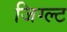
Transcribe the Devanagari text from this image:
जिग्ल्ट